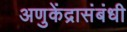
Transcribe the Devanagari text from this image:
अणुकेंद्रासंबंधी